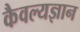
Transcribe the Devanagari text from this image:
कैवल्यज्ञान